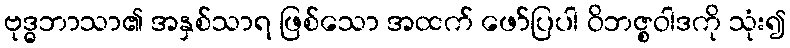
ဗုဒ္ဓဘာသာ၏ အနှစ်သာရ ဖြစ်သော အထက် ဖော်ပြပါ ဝိဘဇ္စဝါဒကို သုံး၍